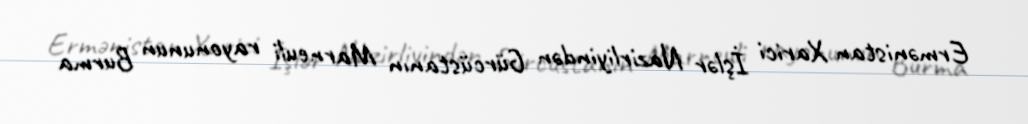
Ermənistan Xarici İşlər Nazirliyindən Gürcüstanın Marneuli rayonunun Burma